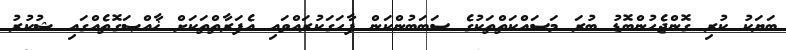
ބަޔަކު ކުރި ގޮންޖެހުންބޮޑު ބުރަ މަސައްކަތްތަކުގެ ސަބަބުންކަން ފާހަގަކުރައްވައި އެފަރާތްތަކަށް ޚާއްޞަގޮތެއްގައި ޝުކުރު